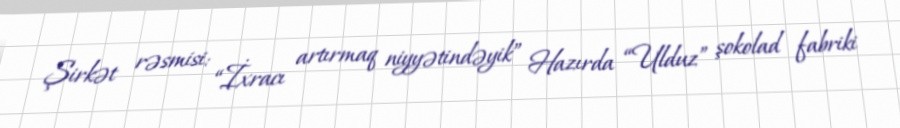
Şirkət rəsmisi: “İxracı artırmaq niyyətindəyik” Hazırda “Ulduz” şokolad fabriki